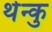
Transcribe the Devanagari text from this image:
थेन्कु